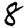
Digit: 8